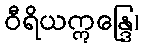
ဝီရိယဣန္ဒြေ၊